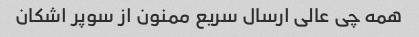
همه چی عالی ارسال سریع ممنون از سوپر اشکان